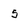
Character: 5